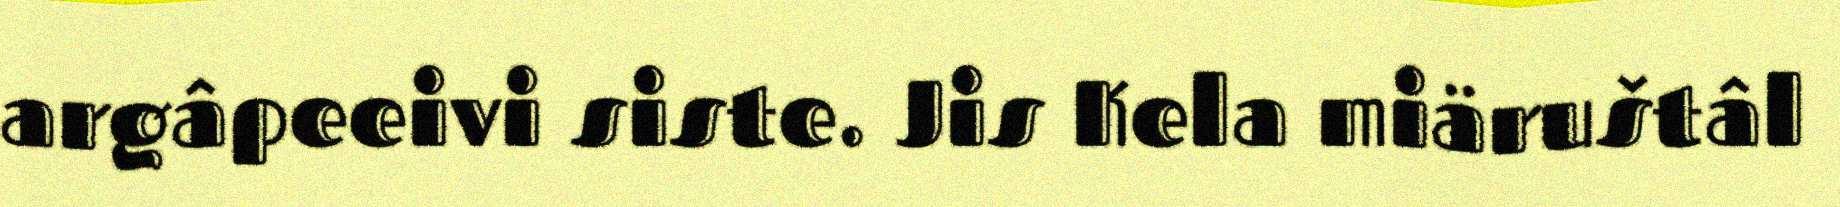
argâpeeivi siste. Jis Kela miäruštâl